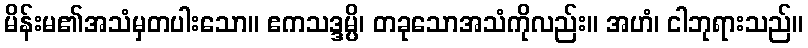
မိန်းမ၏အသံမှတပါးသော။ ဧကသဒ္ဒမ္ပိ၊ တခုသောအသံကိုလည်း။ အဟံ၊ ငါဘုရားသည်။